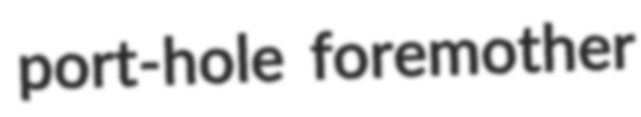
port-hole foremother